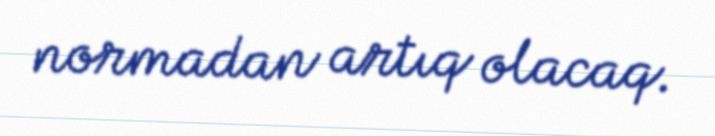
normadan artıq olacaq.